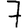
Digit: 7